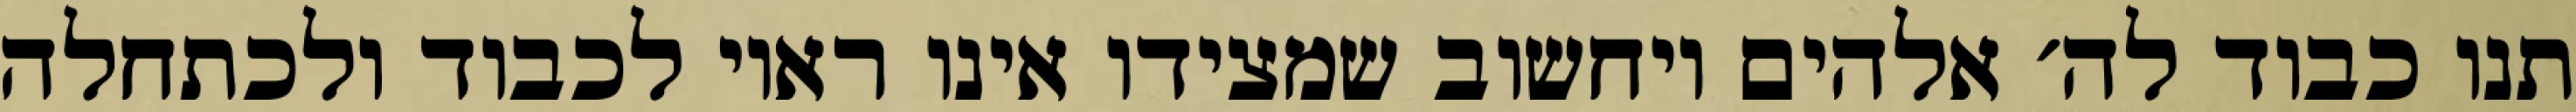
תנו כבוד לה׳ אלהים ויחשוב שמצידו אינו ראוי לכבוד ולכתחלה